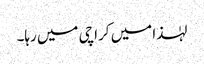
لہٰذا میں کراچی میں رہا۔